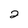
Character: 2